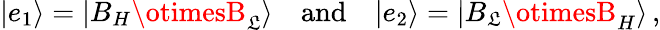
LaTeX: |e_{1}\rangle=|B_{H}\otimesB_{\mathfrak{L}}\rangle\quad\mathrm{{and}}\quad|e_{2}\rangle=|B_{\mathfrak{L}}\otimesB_{H}\rangle\, ,